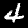
Label: 4